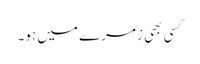
کسی بھی زمرے میں ہو۔